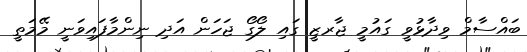
ބައްސާމް ވިދާޅުވީ ގައުމީ ޖާރޒީ ގައި ލޯގޯ ޖަހަން އަދި ނިންމާފައިވަނީ މޭމަތީ